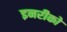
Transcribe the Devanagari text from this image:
इनरीको